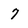
Character: 7